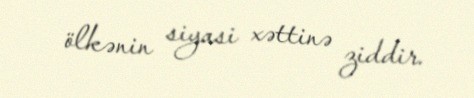
ölkənin siyasi xəttinə ziddir.